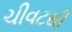
ચીવટથી